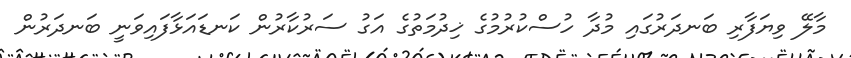
މާލޭ ވިޔަފާރި ބަނދަރުގައި މުދާ ހުސްކުރުމުގެ ޚިދުމަތުގެ އަގު ސަރުކާރުން ކަނޑައަޅާފައިވަނީ ބަނދަރުން